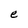
Character: e